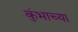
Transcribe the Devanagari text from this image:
कुंभाच्या